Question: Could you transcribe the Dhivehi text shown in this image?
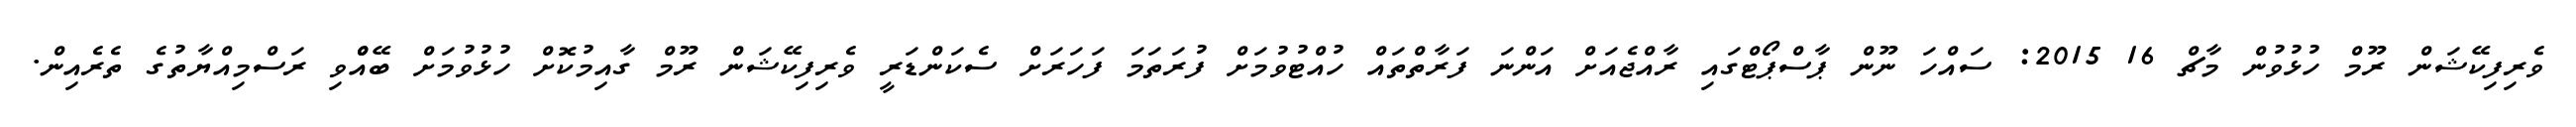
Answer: ވެރިފިކޭޝަން ރޫމް ހުޅުވުން މާޗް 16 2015: ސައްހަ ނޫން ޕާސްޕޯޓްގައި ރާއްޖެއަށް އަންނަ ފަރާތްތައް ހުއްޓުވުމަށް ފުރަތަމަ ފަހަރަށް ސެކަންޑަރީ ވެރިފިކޭޝަން ރޫމް ގާއިމުކޮށް ހުޅުވުމަށް ބޭއްްވި ރަސްމިއްޔާތުގެ ތެރެއިން.